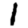
Digit: 1